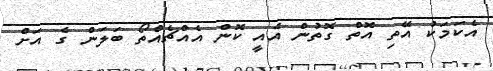
އެކަމަކު އޭތި އޮތް ގޮތުން އެއީ ކޮން އެއްޗެއްތޯ ބަލަން ގެ އަށް